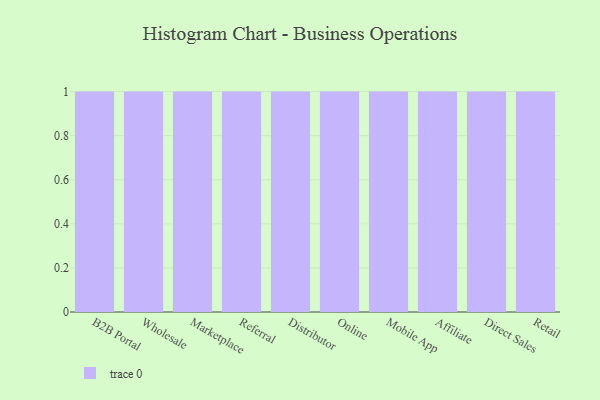
{"axis": {"x": "Channel", "y": "Revenue (USD Million)"}, "legend": [""], "data": [{"x": "B2B Portal", "y": 23, "type": ""}, {"x": "Wholesale", "y": 19, "type": ""}, {"x": "Marketplace", "y": 87, "type": ""}, {"x": "Referral", "y": 83, "type": ""}, {"x": "Distributor", "y": 60, "type": ""}, {"x": "Online", "y": 100, "type": ""}, {"x": "Mobile App", "y": 47, "type": ""}, {"x": "Affiliate", "y": 14, "type": ""}, {"x": "Direct Sales", "y": 15, "type": ""}, {"x": "Retail", "y": 78, "type": ""}]}